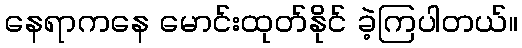
နေရာကနေ မောင်းထုတ်နိုင် ခဲ့ကြပါတယ်။